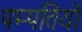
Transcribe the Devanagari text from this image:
पम्‍पतियो